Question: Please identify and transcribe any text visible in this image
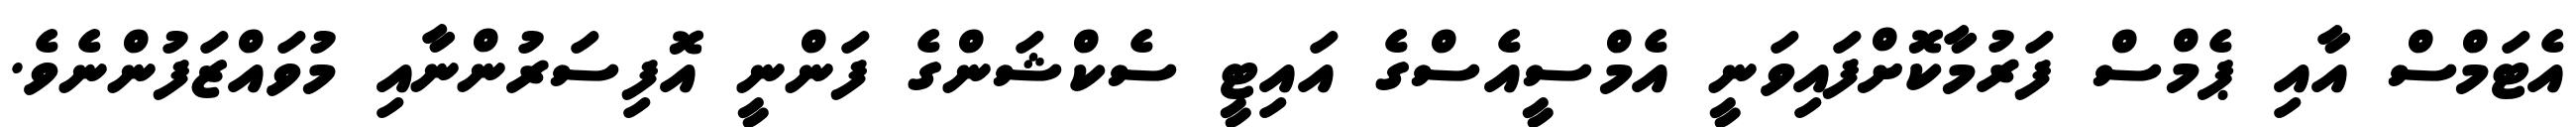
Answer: އެޓަމްސް އާއި ޕެމްސް ފަރުމާކޮށްފައިވަނީ އެމްސީއެސްގެ އައިޓީ ސެކްޝަންގެ ފަންނީ އޮފިސަރުންނާއި މުވައްޒަފުންނެވެ.